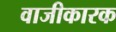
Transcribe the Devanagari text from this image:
वाजीकारक